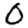
Digit: 0